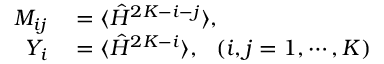
\begin{array} { r l } { M _ { i j } } & { { } = \langle \hat { H } ^ { 2 K - i - j } \rangle , } \\ { Y _ { i } } & { { } = \langle \hat { H } ^ { 2 K - i } \rangle , ~ ~ ( i , j = 1 , \cdots , K ) } \end{array}